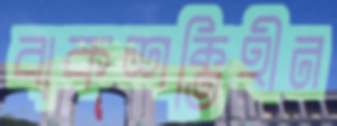
বাকশক্তিহীন